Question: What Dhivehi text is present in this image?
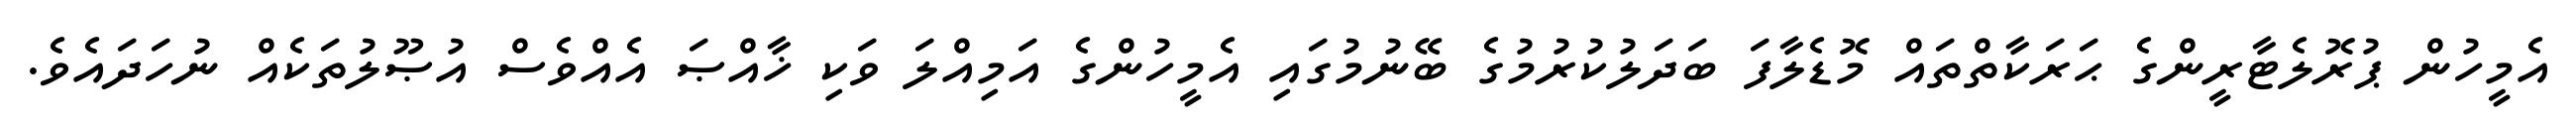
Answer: އެމީހުން ޕުރޮލެޓާރީންގެ ޙަރަކާތްތައް މޮޑެލާފަ ބަދަލުކުރުމުގެ ބޭނުމުގައި އެމީހުންގެ އަމިއްލަ ވަކި ޚާއްޞަ އެއްވެސް އުޞޫލުތަކެއް ނުހަދައެވެ.